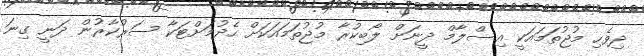
ދިވެހި މުޖުތަމައަކީ އިސްލާމް ދީނަށް ލޯބިކުރާ މުޖުތަމައަކަށް ހެދުމަށްޓަކާ ސަރުކާރުން ދަނީ ގިނަ